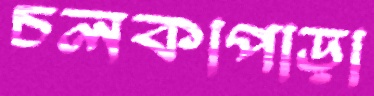
চলকাপাড়া